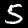
Digit: 5